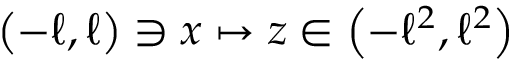
\left( - \ell , \ell \right) \ni x \mapsto z \in \left( - \ell ^ { 2 } , \ell ^ { 2 } \right)